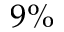
9 \%